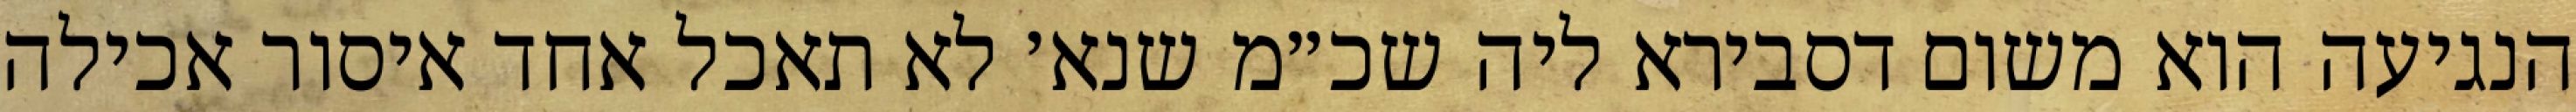
הנגיעה הוא משום דסבירא ליה שכ״מ שנא׳ לא תאכל אחד איסור אכילה